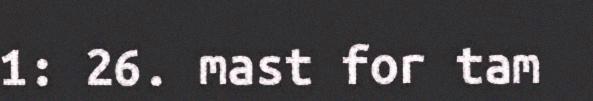
1: 26. mast for tam